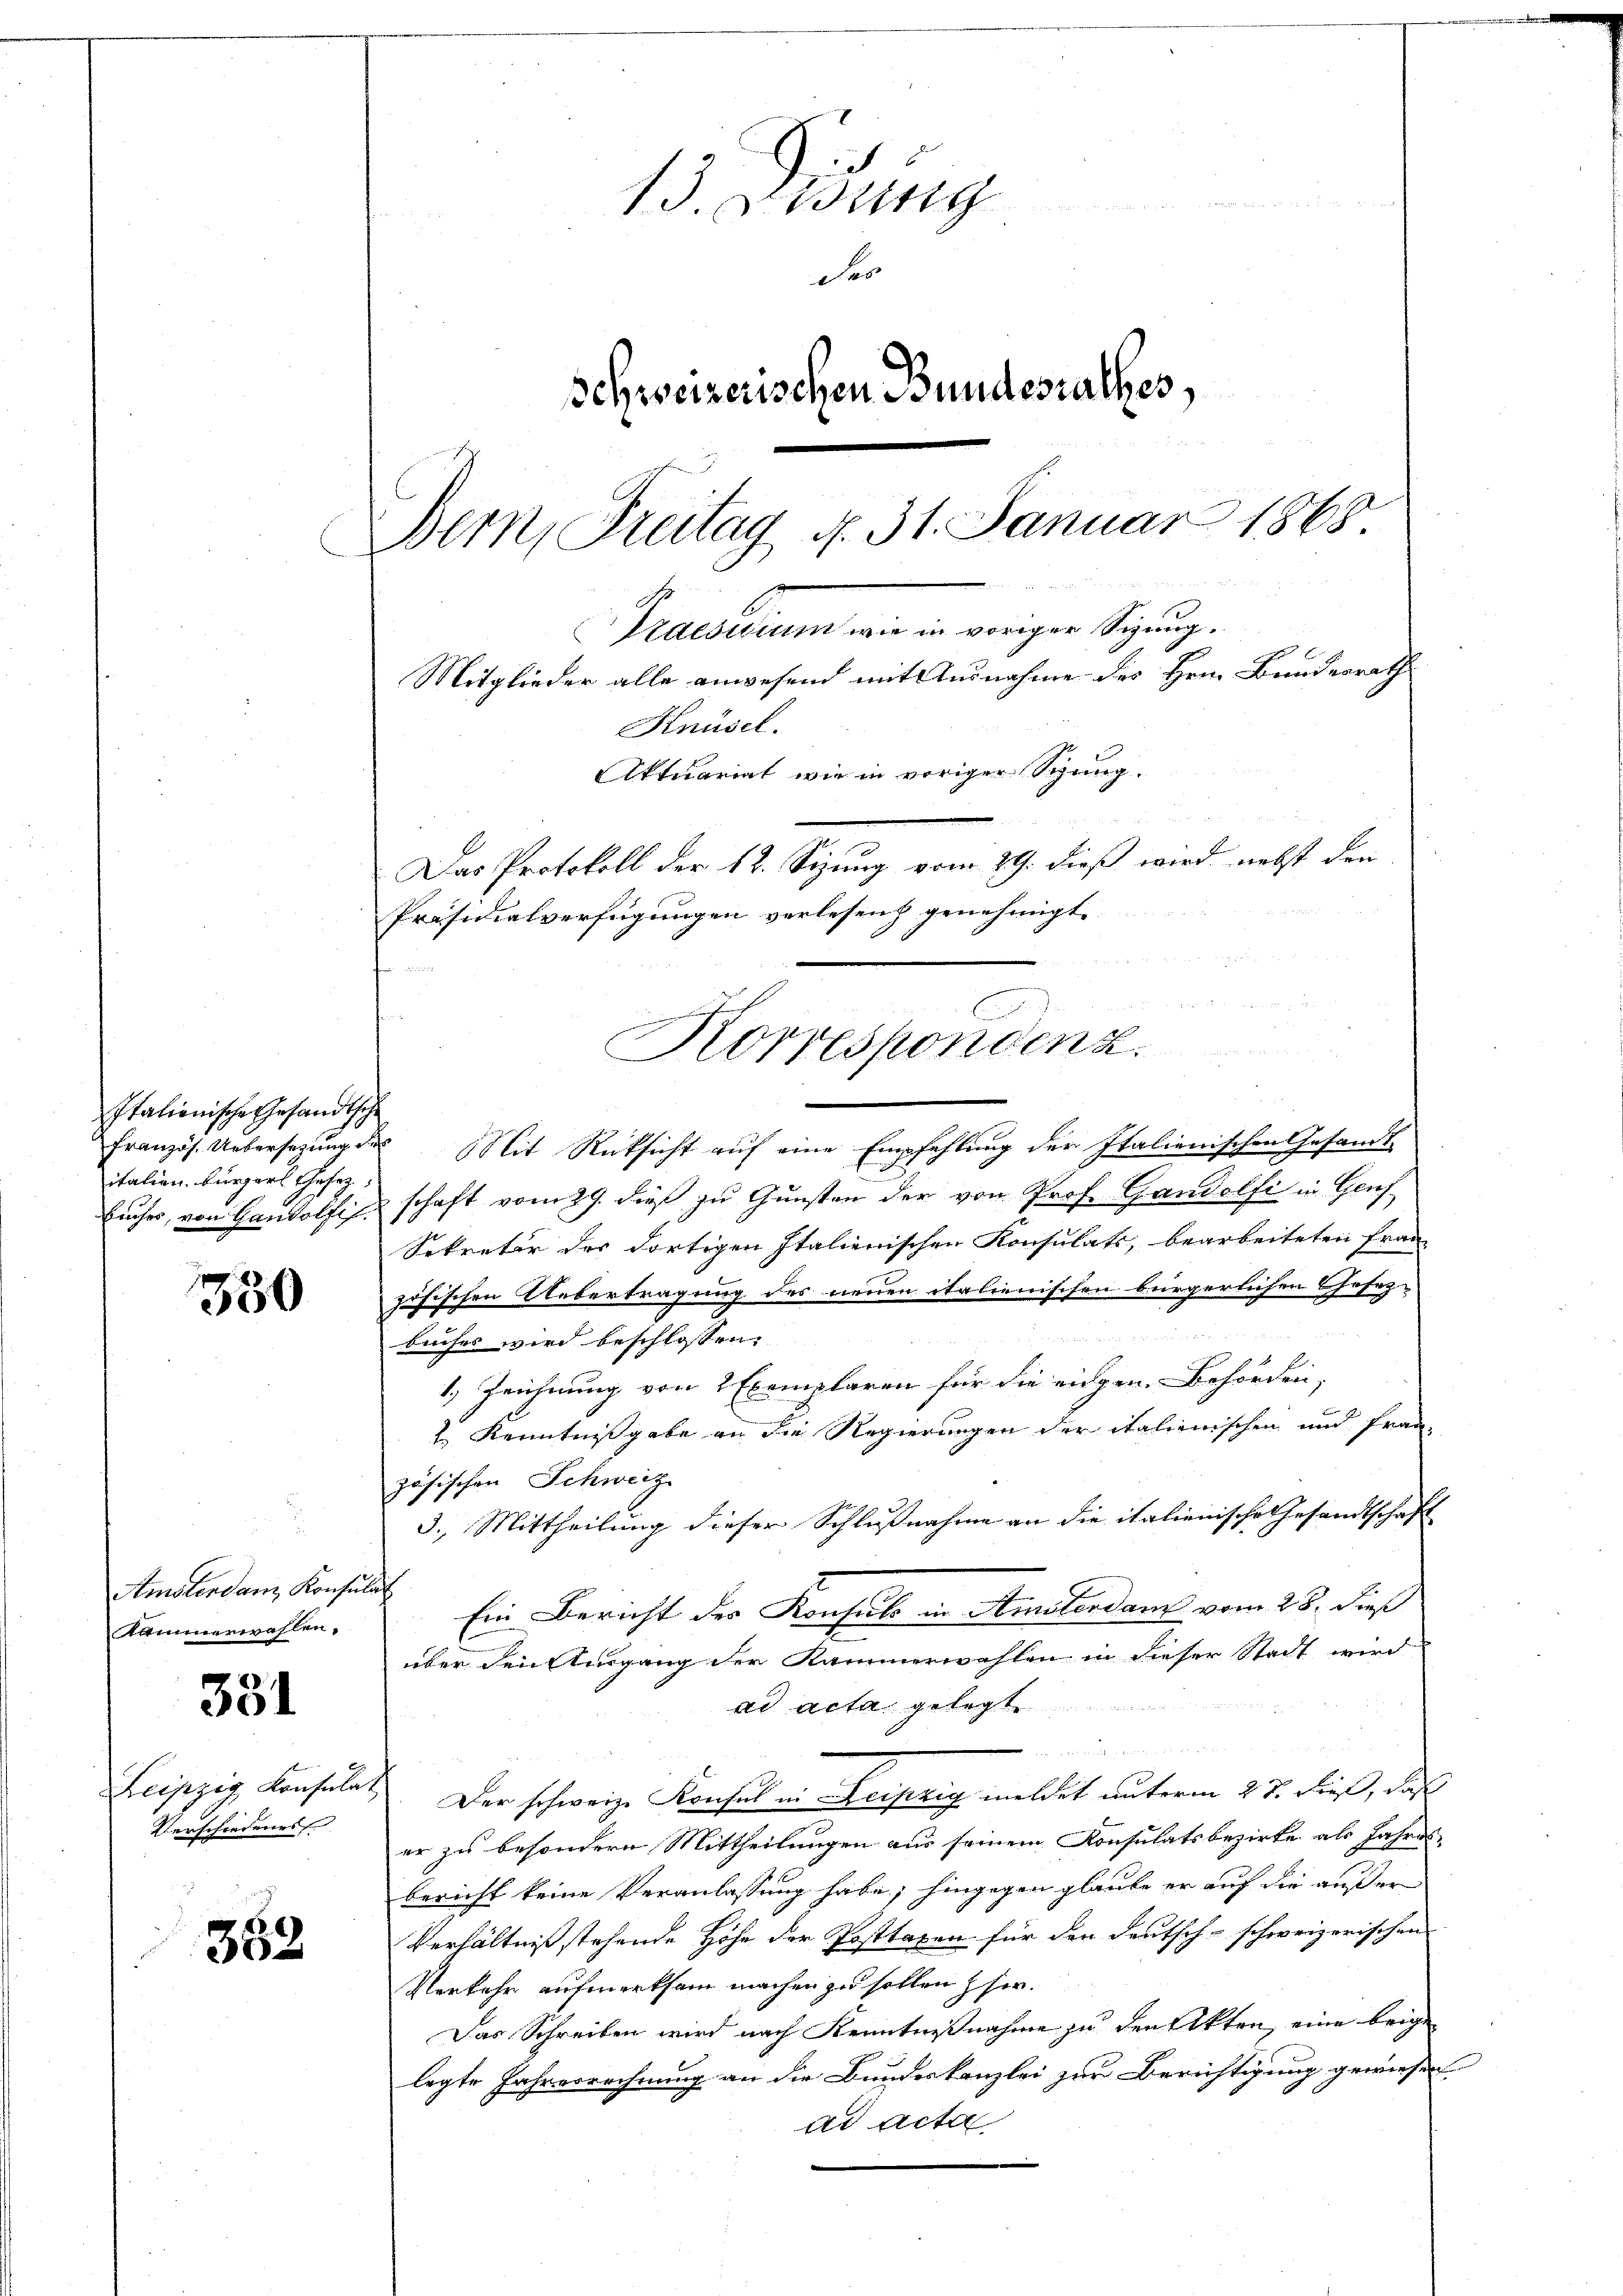
Italienische Gesandtsche
italien. Bürgerl. Gesez

350

Amsterdanz Konsulat
Kammerwahlen.

331

Leipzig Konsula
Verschiedenes

362.

und an
13. Eing
des
schweizerischen Bundesrathes,
Bern, Freitag d. 31. Januar 1868.
Er
Eidesidium wie in voriger Sizung.
Mitglieder alle anwesend mit Ausnahme des Hrn. Bundesrath
Knüsel.
Aktuariat wie in voriger Speng.
Das Protokoll der 12. Sizung vom 29. dieß wird nebst den
Präsidialverfügungen verlesen genehmigt.

dri
Französ. Übersetzung des Mit Rücksicht auf eine Empfehlung der Italienischen Gesandt
Eucher, von Haudolfi schaft vom 29. dieß zu Gunsten der von Prof. Gandelfi in Genf
Sekretär des dortigen Italienischen Konsulats, bearbeiteten Franz
zösischen Uebertragung des neuen italienischen bürgerlichen Chasez-
buches wird beschlossen:
1. Zeichnung von 2 Exemplaren für die eingen. Behörden,
2.) Kenntnißgabe an die Regierungen der italienischen und fran-
zösischen Schweiz
3.) Mittheilung dieser Schlußnahme an die italienische Gesandtschaft
Ein Bericht der Konsuls in Amsterdam vom 25. dieß
über den Ausgang der Kammerwahlen in dieser Stadt wird
ad acta gelegt
m
X. Der schweize Konsul in Leipzig meldet unterm 23. dieß, daß
er zu besondern Mittheilungen aus seinem Konsulatsbezirke als Jahres
bericht keine Veranlassung habe; hingegen glaube er auf die außer
Verhältniß stehende Höhe der Posttaxen für den deutsch-schweizerischen
Verkehr aufmerksam machen zu sollen her.
Das Schreiben wird nach Kenntnißnahme zu den Akten, eine beigen
legte Jahresrechnung an die Bundeskanzlei zur Berichtigung gewiesen.
ad acta

u
Korrespondenz.